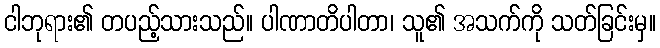
ငါဘုရား၏ တပည့်သားသည်။ ပါဏာတိပါတာ၊ သူ၏ အသက်ကို သတ်ခြင်းမှ။